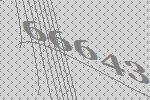
66643